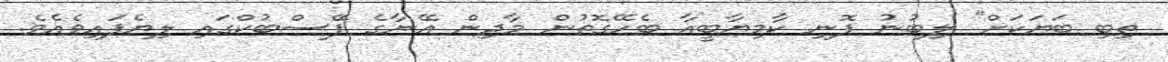
ތިބި ބަޔަކަށް" ލިބުނު ފޮނި ކާމިޔާބީއާ ބެހޭގޮތުން މާދިން އޭނާގެ ފޭސްބުކްގައި ލިޔެފައިވެއެވެ.